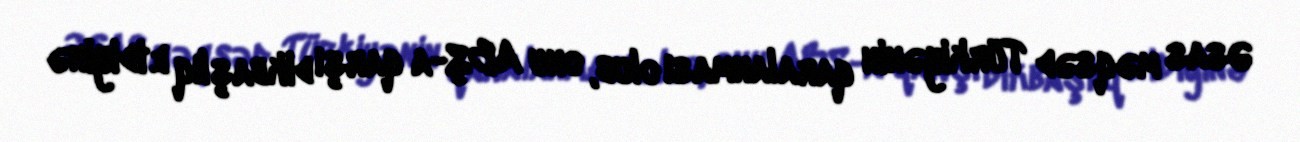
Əsas məqsəd Türkiyənin qaralanması olub, onu ABŞ-a qarşı dikbaşlıq etdiyinə